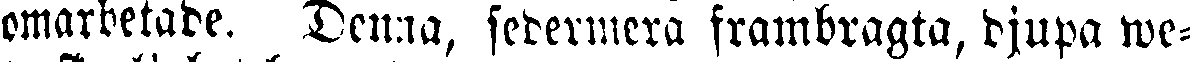
omarbetade. Denna, sedermera frambragta, djupa we-